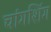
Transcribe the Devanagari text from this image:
चांगशिंग